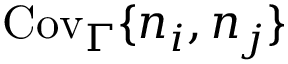
\mathrm { C o v } _ { \Gamma } \{ n _ { i } , n _ { j } \}